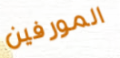
المورفين